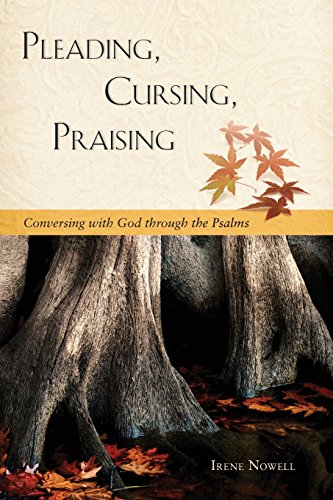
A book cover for Pleading, Cursing, Praising: Conversing with God through the Psalms; Irene Nowell OSB; Christian Books & Bibles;